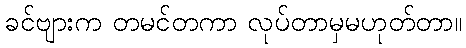
ခင်ဗျားက တမင်တကာ လုပ်တာမှမဟုတ်တာ။